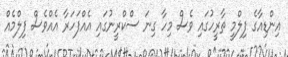
އިންޑިއާގެ ފިލްމީ ތާރީހުގައި ވެސް މިހާ ގިނަ ސްކްރީނުގައި އެއްފަހަރާ އެއްވެސް ފިލްމެއް